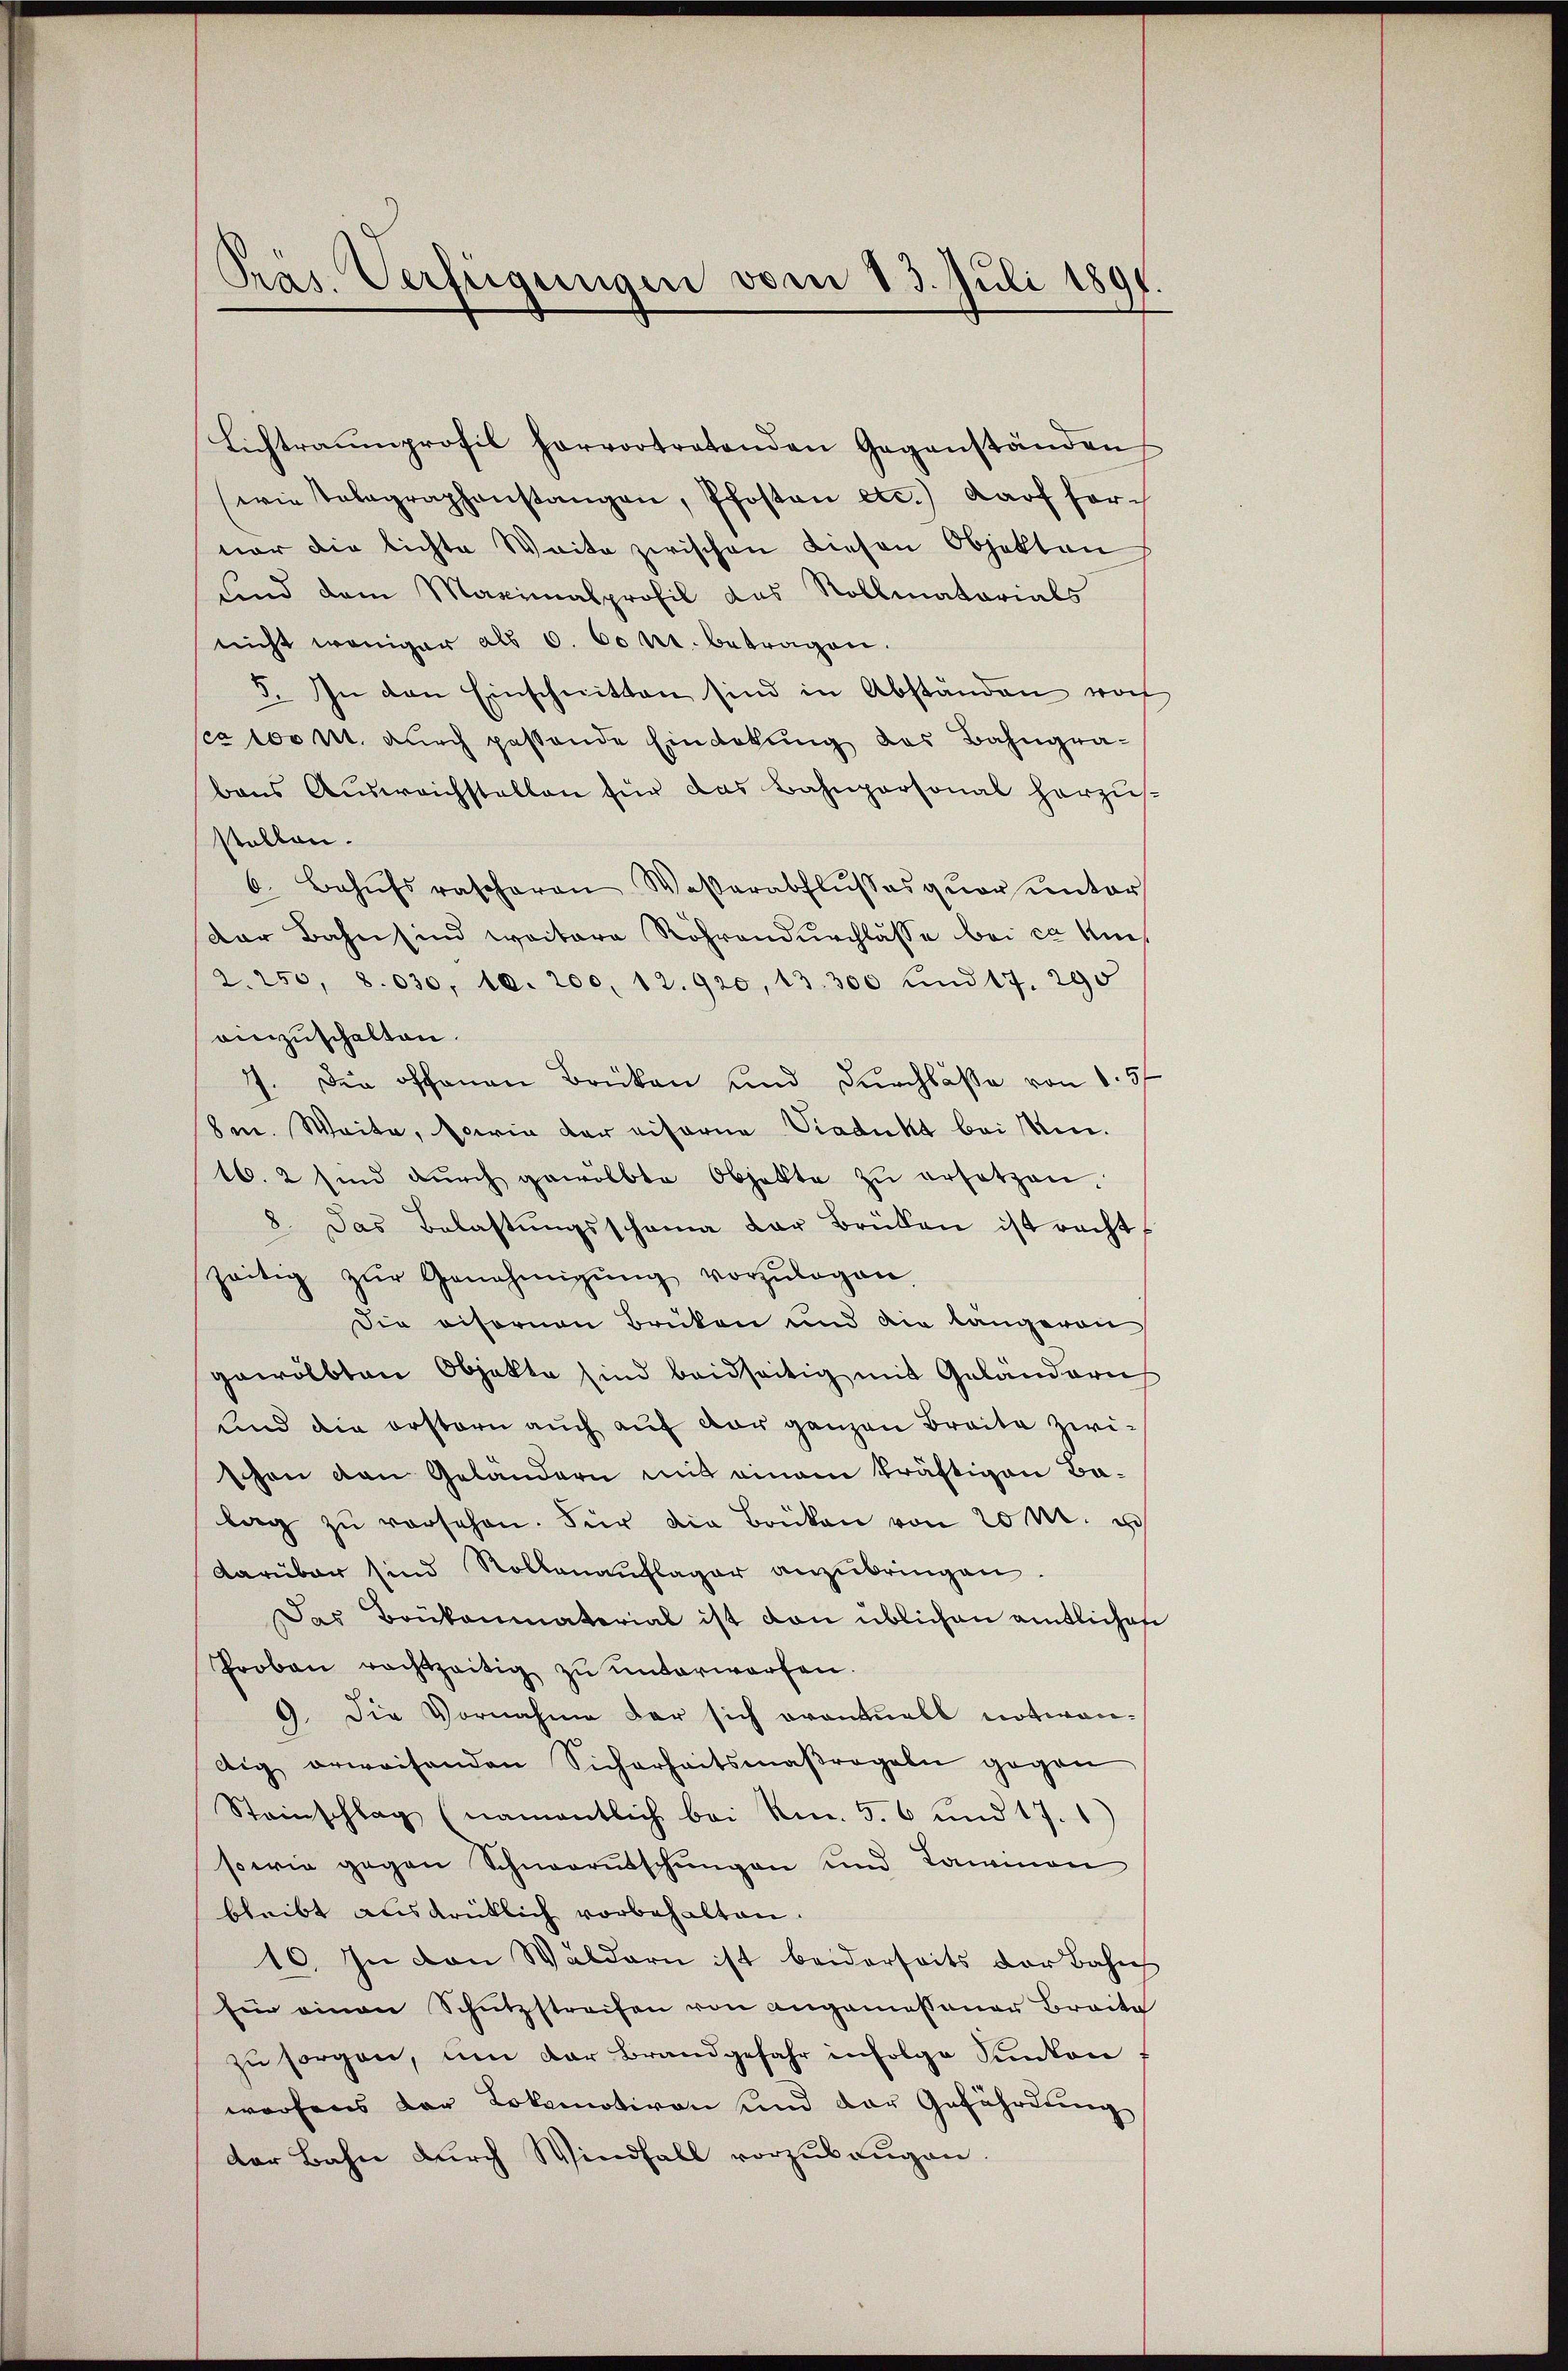
Präs. Verfügungen vom 13. Juli 1891.

Lichtraumprofil hervortretenden Gegenständen
(wie Tabagraphanstangen, Pfosten etc.) darf fornor die lichte Weite zwischen diesen Objekten
sind dem Maximalprofil das Rollmatorials
nicht weniger als 6. 60 M. betragen.
5. In den Einschnitten sind in Abständen vot
sca 100 M. durch gestande Eindrkung des Bahngrabons Aŭsweichstellen für das Bahnpersonal herzŭs
stellen.
6. Behŭfs rascheren Wasserabflŭsses qŭar ŭnter
Dar Bahn sind weitere Röhrendurchlasse bei ca Am¬
2. 250, 8.030, 10. 200, 12. 920, 13. 300 und 17. 290
ainzuschalten.
7. Die offenen Brüken und durchlaße von 15f
m. Weite, sowie der eiferne Viadukt bei Um¬
16. 2 sind dŭrch gewölbte Objekte zŭ ersetzen.
8. Das Belastŭngsschama der Brüken ist recht
zeitig zŭr Genehmigŭng vorzŭlegen.
Die visorian Brüken und die langeren
gewölbten Objekte sind beidseitig mit Gelandern
und die erstern auch auf der ganzen Breite zwischen den Geländern mit einem kräftigen Balag zŭ versehen. Für die Brüken von 20 M. u
darüber sind Rollenaŭflager anzŭbringen.
Das Brükenmaterial ist von üblichen amtlichen
Proben rachtzeitig zŭ ŭnterworfen.
9. Die Vornahme der sich orantuell notwen-
dig erweisenden Sicherheitsmaßregeln gegen
Steinschlag (namentlich bei Nm. 5. 6 und 17. 1)
serie gegen Schneerutschungen und Lammon
bleibt ausdrüklich vorbehalten
10. In den Wäldern ist beiderseits der Bahn
für einen Schutzstreifen von angemessener Breite
zŭ sorgen, um der Brandgefahr infolge Sinken:
worfens der Lokomotiven und der Gefährdung
der Bahn durch Windfall vorzubeugen.